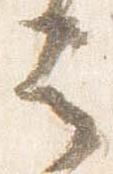
云